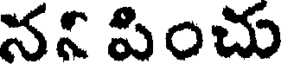
నని పించు